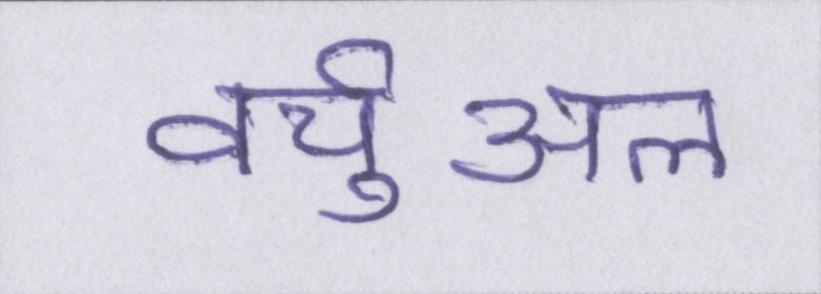
वर्चुअल